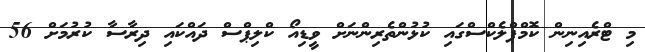
މި ޓްރެއިނިން ކޮމްޕްލެކްސްގައި ކުޅުންތެރިންނަށް ވީޑިއޯ ކްލިޕްސް ދައްކައި ދިރާސާ ކުރުމަށް 56